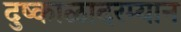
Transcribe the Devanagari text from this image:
दुष्काळादरम्यान